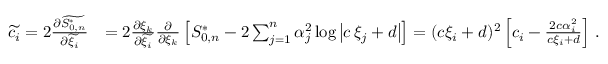
\begin{array} { r l } { \widetilde { c _ { i } } = 2 { \frac { \partial \widetilde { S _ { 0 , n } ^ { \ast } } } { \partial \widetilde { \xi _ { i } } } } } & { = 2 { \frac { \partial \xi _ { k } } { \partial \widetilde { \xi _ { i } } } } { \frac { \partial } { \partial \xi _ { k } } } \left[ S _ { 0 , n } ^ { \ast } - 2 \sum _ { j = 1 } ^ { n } \alpha _ { j } ^ { 2 } \log \left| { c \, \xi _ { j } + d } \right| \right] = ( c \xi _ { i } + d ) ^ { 2 } \left[ c _ { i } - { \frac { 2 c \alpha _ { i } ^ { 2 } } { c \xi _ { i } + d } } \right] \, . } \end{array}